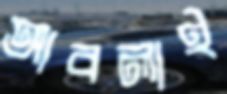
আবলাই